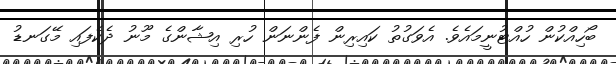
ބޯހިއްކުން ހުއްޓުނީމައެވެ. އެވަގުތު ކައިރިން ފެންނަން ހުރި އިޝާންގެ މޫނު ދެކެފައި މޭގަނޑު